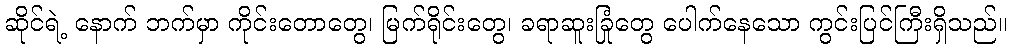
ဆိုင်ရဲ့ နောက် ဘက်မှာ ကိုင်းတောတွေ၊ မြက်ရိုင်းတွေ၊ ခရာဆူးခြုံတွေ ပေါက်နေသော ကွင်းပြင်ကြီးရှိသည်။